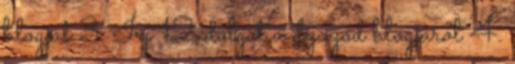
blogját 3. Írj 12 dolgot a díjazód blogjáról 4.